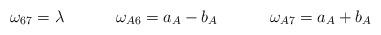
LaTeX: \begin{align*}\begin{array}{ccc}\omega_{67}=\lambda~~~&~~~~\omega_{A6}=a_{A}-b_{A}~~~&~~~~\omega_{A7}=a_{A}+b_{A}\end{array}\end{align*}